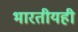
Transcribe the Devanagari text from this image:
भारतीयही